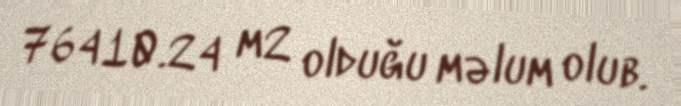
76410.24 m2 olduğu məlum olub.